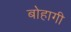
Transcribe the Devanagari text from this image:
बोहागी